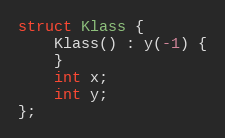
Language: C++
struct Klass {
    Klass() : y(-1) {
    }
    int x;
    int y;
};